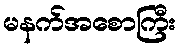
မနက်အစောကြီး